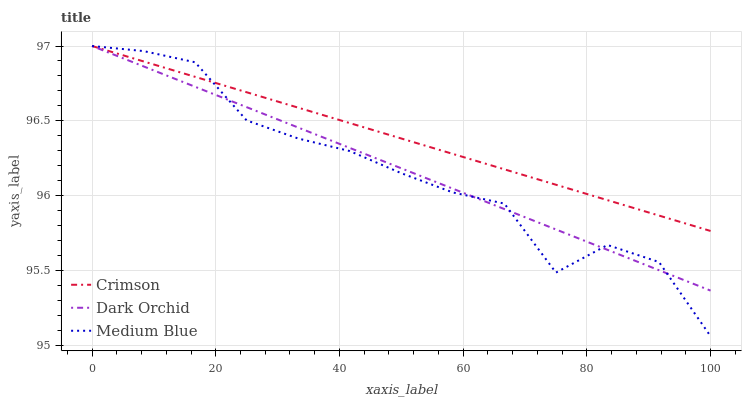
| xaxis_label | Crimson | Dark Orchid | Medium Blue |
 | --- | --- | --- | --- |
 | 0 | 97 | 97 | 97 |
 | 8.33 | 96.9 | 96.9 | 97 |
 | 16.7 | 96.8 | 96.7 | 96.9 |
 | 25 | 96.7 | 96.6 | 96.5 |
 | 33.3 | 96.6 | 96.5 | 96.4 |
 | 41.7 | 96.5 | 96.3 | 96.3 |
 | 50 | 96.4 | 96.2 | 96.2 |
 | 58.3 | 96.3 | 96 | 96 |
 | 66.7 | 96.2 | 95.9 | 95.9 |
 | 75 | 96.1 | 95.8 | 95.5 |
 | 83.3 | 96 | 95.6 | 95.7 |
 | 91.7 | 95.9 | 95.5 | 95.6 |
 | 100 | 95.8 | 95.4 | 95.1 |